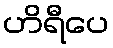
ဟိရီပေ